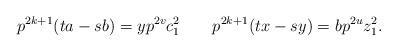
LaTeX: \begin{align*}p^{2k+1}(ta-sb) = yp^{2v}c_1^2~~~~~~p^{2k+1} (tx-sy)= bp^{2u}z_1^2.\end{align*}